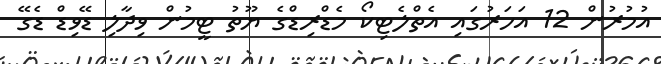
އުމުރުން 12 އަހަރުގައި އެތްލެޓިކޯ މެޑްރިޑްގެ ޔޫތު ޓީމުން ވިދާލި ޑޭވިޑް ޑެގޭ